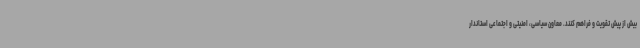
بیش از پیش تقویت و فراهم کنند. معاون سیاسی، امنیتی و اجتماعی استاندار